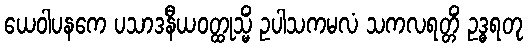
ယေဝါပနကေ ပသာဒနီယဝတ္ထုသ္မိံ ဥပါသကမလံ သကလရတ္တိံ ဥဒ္ဓရတု